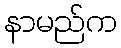
နာမည်က